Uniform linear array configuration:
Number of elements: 8
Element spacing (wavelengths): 0.5
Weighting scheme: hamming
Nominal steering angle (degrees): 45
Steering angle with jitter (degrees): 43.1
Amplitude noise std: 0.05
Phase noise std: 0.05

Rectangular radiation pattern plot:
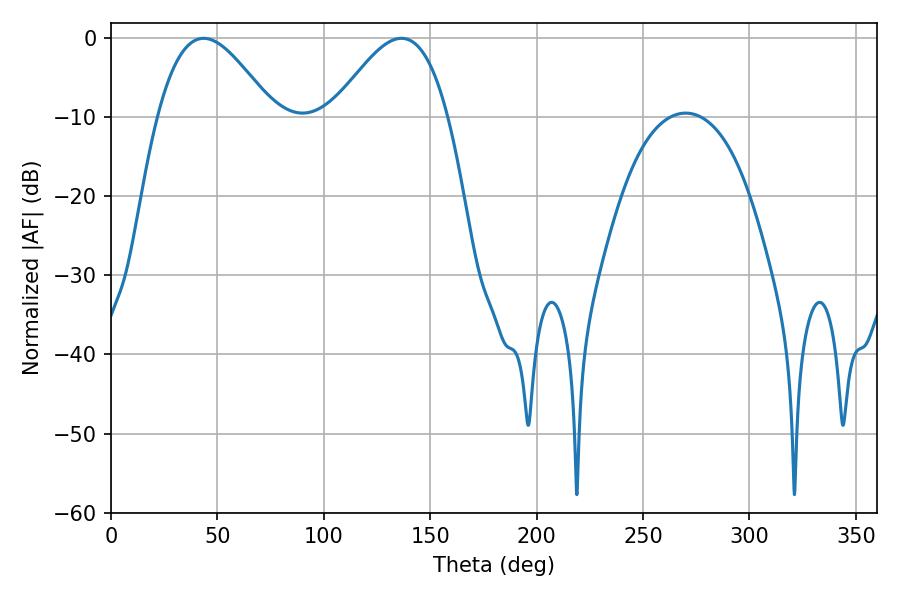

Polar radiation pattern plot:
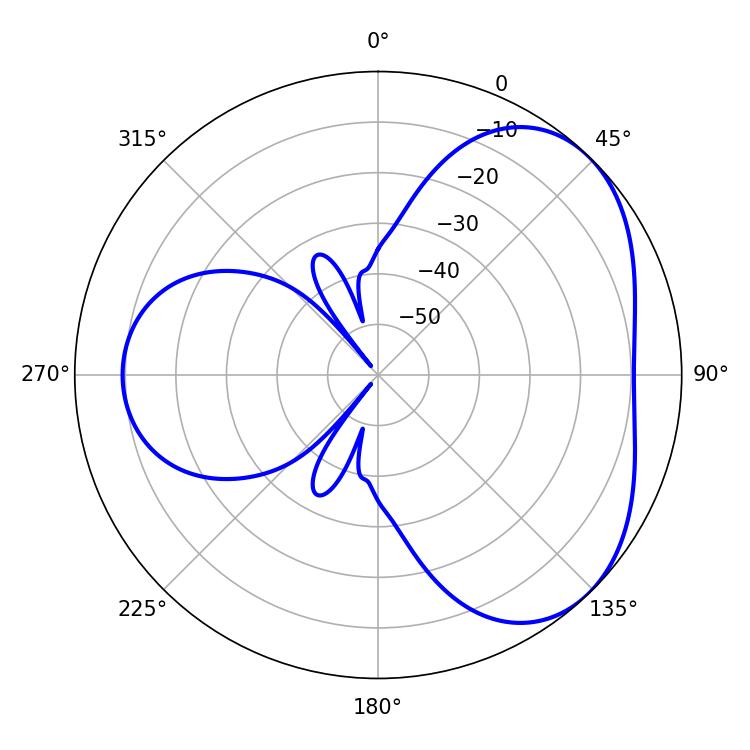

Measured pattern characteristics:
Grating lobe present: FALSE
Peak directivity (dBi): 4.149
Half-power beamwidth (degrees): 29.16
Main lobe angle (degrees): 43.56